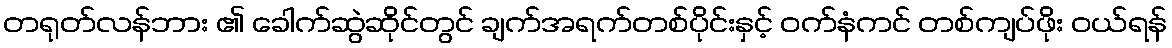
တရုတ်လန်ဘား ၏ ခေါက်ဆွဲဆိုင်တွင် ချက်အရက်တစ်ပိုင်းနှင့် ဝက်နံကင် တစ်ကျပ်ဖိုး ဝယ်ရန်